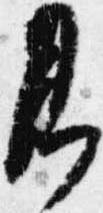
即